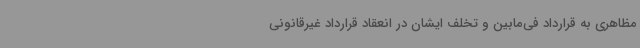
مظاهری به قرارداد فی‌مابین و تخلف ایشان در انعقاد قرارداد غیرقانونی